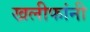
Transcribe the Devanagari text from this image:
खलीफांनी